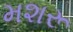
મશરૂ